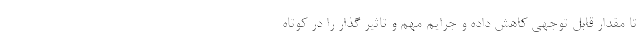
تا مقدار قابل توجهی کاهش داده و جرایم مهم و تاثیر گذار را در کوتاه